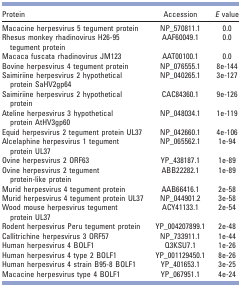
<table><thead><tr><td><b>Protein</b></td><td><b>Accession</b></td><td><b><i>E</i> value</b></td></tr></thead><tbody><tr><td>Macacine herpesvirus 5 tegument protein</td><td>NP_570811.1</td><td>0.0</td></tr><tr><td>Rhesus monkey rhadinovirus H26-95 tegument protein</td><td>AAF60049.1</td><td>0.0</td></tr><tr><td>Macaca fuscata rhadinovirus JM123</td><td>AAT00100.1</td><td>0.0</td></tr><tr><td>Bovine herpesvirus 4 tegument protein</td><td>NP_076555.1</td><td>8e-144</td></tr><tr><td>Saimiriine herpesvirus 2 hypothetical protein SaHV2gp64</td><td>NP_040265.1</td><td>3e-127</td></tr><tr><td>Saimiriine herpesvirus 2 hypothetical protein</td><td>CAC84360.1</td><td>9e-126</td></tr><tr><td>Ateline herpesvirus 3 hypothetical protein AtHV3gp60</td><td>NP_048034.1</td><td>1e-119</td></tr><tr><td>Equid herpesvirus 2 tegument protein UL37</td><td>NP_042660.1</td><td>4e-106</td></tr><tr><td>Alcelaphine herpesvirus 1 tegument protein UL37</td><td>NP_065562.1</td><td>1e-94</td></tr><tr><td>Ovine herpesvirus 2 ORF63</td><td>YP_438187.1</td><td>1e-89</td></tr><tr><td>Ovine herpesvirus 2 tegument protein-like protein</td><td>ABB22282.1</td><td>1e-89</td></tr><tr><td>Murid herpesvirus 4 tegument protein</td><td>AAB66416.1</td><td>2e-58</td></tr><tr><td>Murid herpesvirus 4 tegument protein UL37</td><td>NP_044901.2</td><td>3e-58</td></tr><tr><td>Wood mouse herpesvirus tegument protein UL37</td><td>ACY41133.1</td><td>2e-54</td></tr><tr><td>Rodent herpesvirus Peru tegument protein</td><td>YP_004207899.1</td><td>2e-48</td></tr><tr><td>Callitrichine herpesvirus 3 ORF57</td><td>NP_733911.1</td><td>1e-44</td></tr><tr><td>Human herpesvirus 4 BOLF1</td><td>Q3KSU7.1</td><td>1e-26</td></tr><tr><td>Human herpesvirus 4 type 2 BOLF1</td><td>YP_001129450.1</td><td>8e-26</td></tr><tr><td>Human herpesvirus 4 strain B95-8 BOLF1</td><td>YP_401653.1</td><td>3e-25</td></tr><tr><td>Macacine herpesvirus type 4 BOLF1</td><td>YP_067951.1</td><td>4e-24</td></tr></tbody></table>